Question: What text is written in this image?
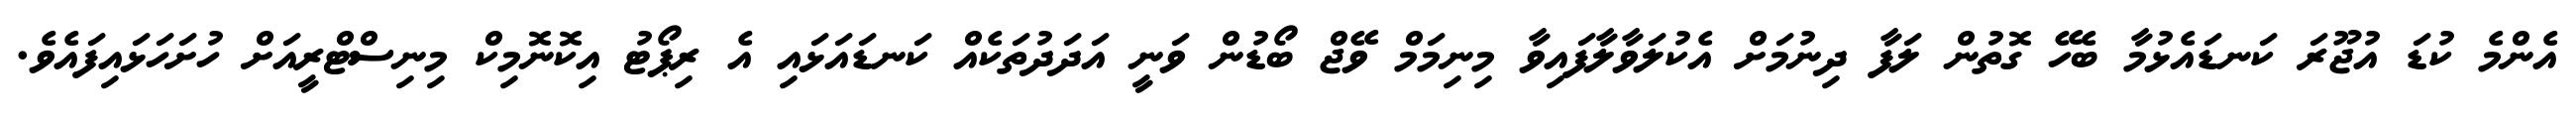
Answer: އެންމެ ކުޑަ އުޖޫރަ ކަނޑައެޅުމާ ބެހޭ ގޮތުން ލަފާ ދިނުމަށް އެކުލަވާލާފައިވާ މިނިމަމް ވޭޖް ބޯޑުން ވަނީ އަދަދުތަކެއް ކަނޑައަޅައި އެ ރިޕޯޓު އިކޮނޮމިކް މިނިސްޓްރީއަށް ހުށަހަޅައިފައެވެ.